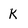
Character: k